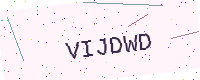
Text: VIJDWD